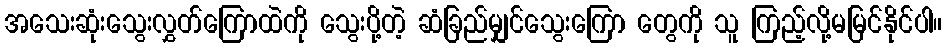
အသေးဆုံးသွေးလွှတ်ကြောထဲကို သွေးပို့တဲ့ ဆံခြည်မျှင်သွေးကြော တွေကို သူ ကြည့်လို့မမြင်နိုင်ပါ။